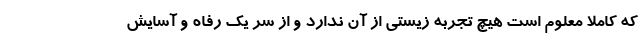
که کاملا معلوم است هیچ تجربه زیستی از آن ندارد و از سر یک رفاه و آسایش